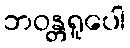
ဘဝန္တရူပေါ